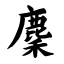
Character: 麇